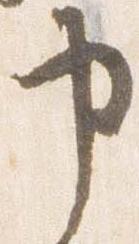
申